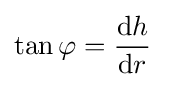
\tan \varphi ={\frac {\mathrm {d} h}{\mathrm {d} r}}\